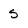
Character: S